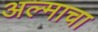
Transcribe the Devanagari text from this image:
अल्माचा